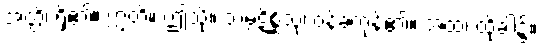
အတ္ထိ၊ ရှိ၏။ ဣတိ။ ဤသို့။ သမ္ပဋိစ္ဆိံသု၊ ဝန်ခံကုန်၏။ အထ၊ ထိုခါ၌။